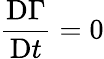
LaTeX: {\frac{\mathrm{D}\Gamma}{\mathrm{D}t}}=0